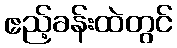
ဧည့်ခန်းထဲတွင်